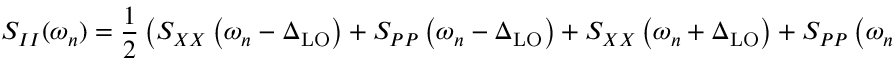
S _ { I I } ( \omega _ { n } ) = \frac { 1 } { 2 } \left( S _ { X X } \left( \omega _ { n } - \Delta _ { \mathrm { L O } } \right) + S _ { P P } \left( \omega _ { n } - \Delta _ { \mathrm { L O } } \right) + S _ { X X } \left( \omega _ { n } + \Delta _ { \mathrm { L O } } \right) + S _ { P P } \left( \omega _ { n } + \Delta _ { \mathrm { L O } } \right) \right) .